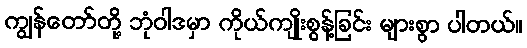
ကျွန်တော်တို့ ဘုံဝါဒမှာ ကိုယ်ကျိုးစွန့်ခြင်း များစွာ ပါတယ်။